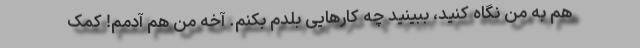
هم به من نگاه کنید، ببینید چه کارهایی بلدم بکنم. آخه من هم آدمم! کمک